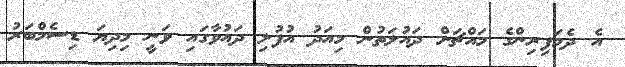
އެ ދެމަފިރިންގެ މައްޗަށް ދައުލަތުން މިއަދު އުފުލި ދައުވާގައި ވަނީ މިދިޔަ ޑިސެމްބަރު